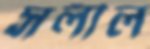
সলীল